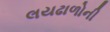
લયઢાળોની